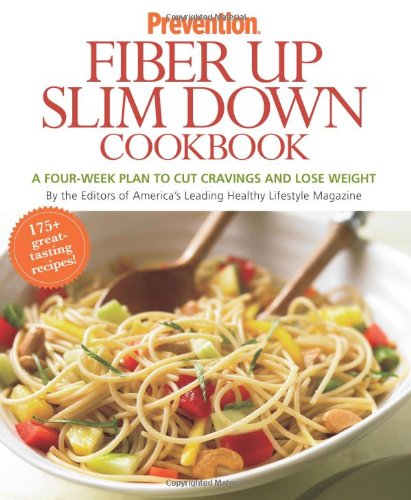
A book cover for Prevention Fiber Up Slim Down Cookbook: A Four-Week Plan to Cut Cravings and Lose Weight; The Editors of Prevention Magazine; Health, Fitness & Dieting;